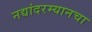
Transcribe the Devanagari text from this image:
नद्यांदरम्यानचा